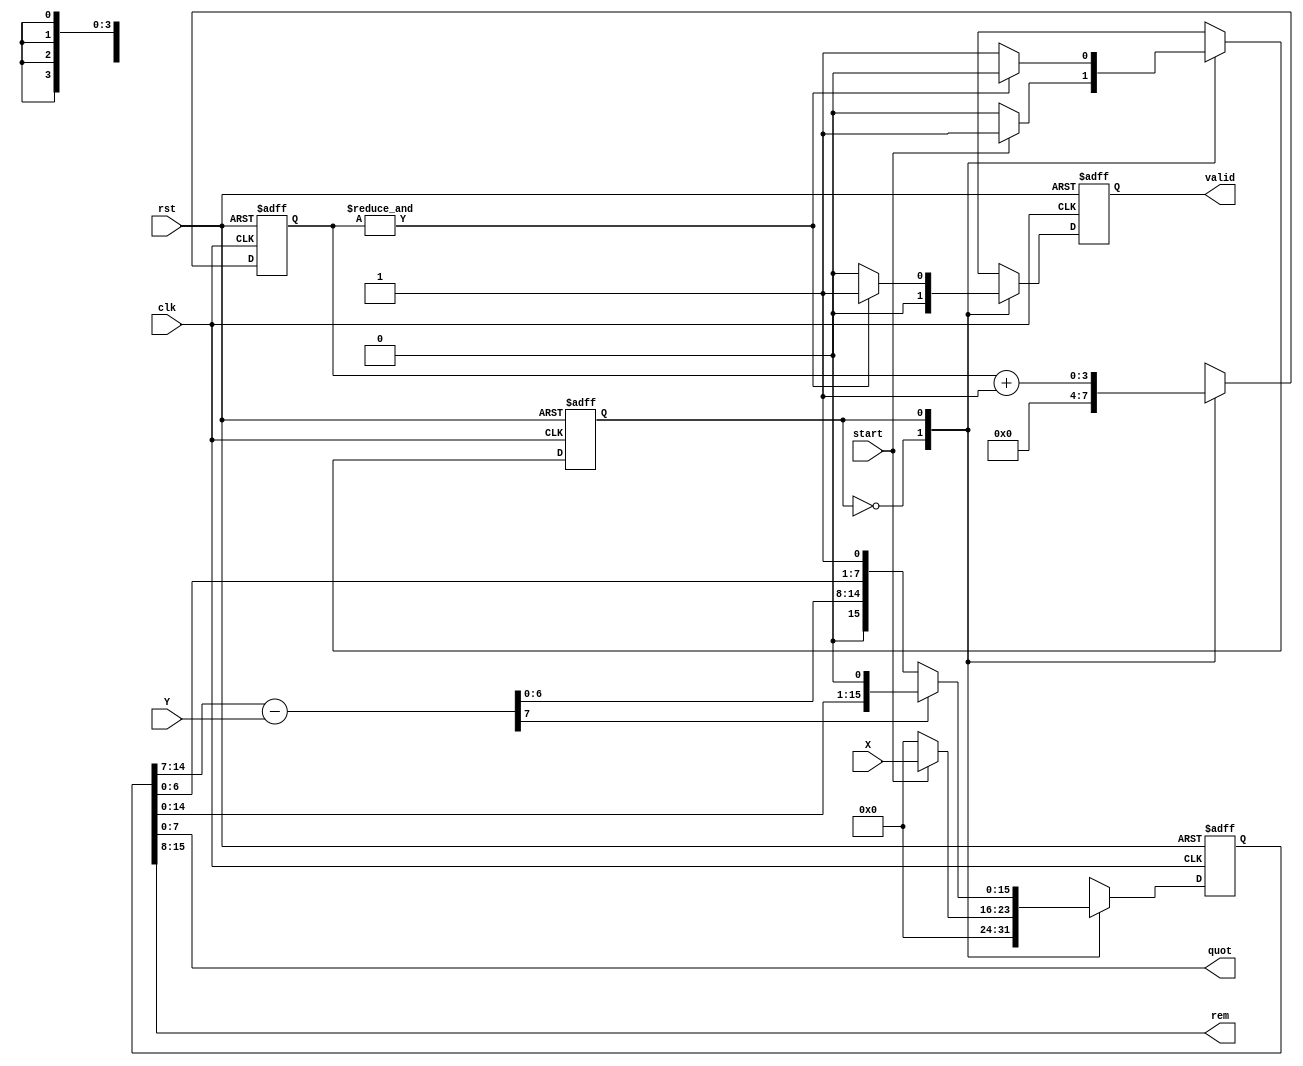
module restoringDivision(clk,rst,start,X,Y,valid,quot,rem);

input clk;
input rst;
input start;
input [7:0]X,Y;
output [7:0]quot,rem;
output valid;

reg [15:0] Z,next_Z,Z_temp,Z_temp1;
reg next_state, pres_state;
reg [3:0] count,next_count;
reg valid, next_valid;

parameter IDLE = 1'b0;
parameter START = 1'b1;

assign rem = Z[15:8];
assign quot = Z[7:0];

always @ (posedge clk or negedge rst)
begin
if(!rst)
begin
  Z          <= 16'd0;
  valid      <= 1'b0;
  pres_state <= 1'b0;
  count      <= 4'd0;
end
else
begin
  Z          <= next_Z;
  valid      <= next_valid;
  pres_state <= next_state;
  count      <= next_count;
end
end

always @ (*)
begin 
case(pres_state)
IDLE:
begin
next_count = 4'b0;
next_valid = 1'b0;
if(start)
begin
    next_state = START;
    next_Z     = {8'd0,X};
end
else
begin
    next_state = pres_state;
    next_Z     = 16'd0;
end
end

START:
begin
next_count = count + 1'b1;
Z_temp     = Z << 1;
Z_temp1    = {Z_temp[15:8]-Y,Z_temp[7:0]};
next_Z     = Z_temp1[15] ? {Z_temp[15:8],Z_temp[7:1],1'b0} : 
                          {Z_temp1[15:8],Z_temp[7:1],1'b1};
next_valid = (&count) ? 1'b1 : 1'b0; 
next_state = (&count) ? IDLE : pres_state;	
end
endcase
end
endmodule